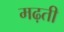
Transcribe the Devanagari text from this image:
मढ़ती